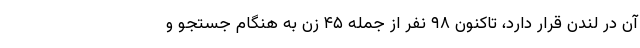
آن در لندن قرار دارد، تاکنون ۹۸ نفر از جمله ۴۵ زن به هنگام جستجو و